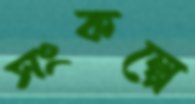
সংকল্পে